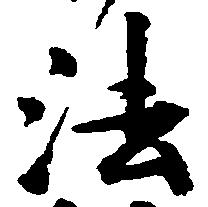
法